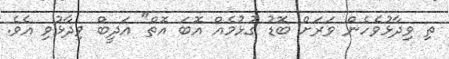
ތި ވިދާޅުވެހެން ވަރަށް ބޮޑު ގުޅުމެއް އޮބަ އޮތް" އަދީބް ވިދާޅުވި އެވެ.